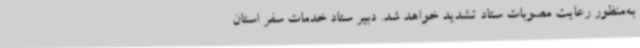
به‌منظور رعایت مصوبات ستاد تشدید خواهد شد. دبیر ستاد خدمات سفر استان